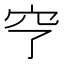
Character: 𥤣